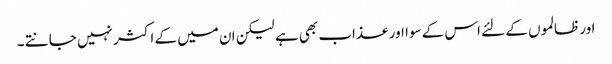
اور ظالموں کے لئے اس کے سوا اور عذاب بھی ہے لیکن ان میں کے اکثر نہیں جانتے ۔